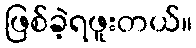
ဖြစ်ခဲ့ရဖူးတယ်။